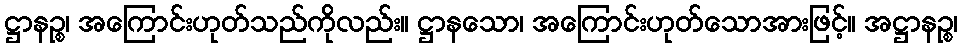
ဋ္ဌာနဉ္စ၊ အကြောင်းဟုတ်သည်ကိုလည်း။ ဋ္ဌာနသော၊ အကြောင်းဟုတ်သောအားဖြင့်။ အဋ္ဌာနဉ္စ၊